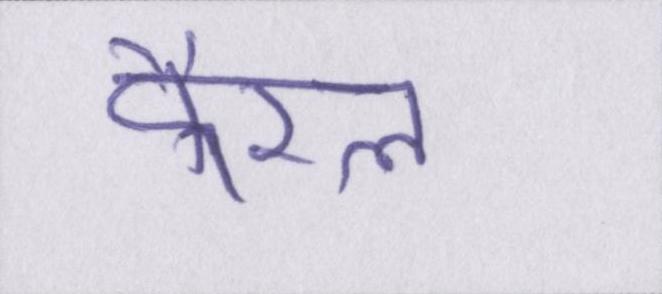
कैरल